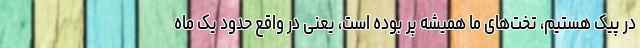
در پیک هستیم، تخت‌های ما همیشه پر بوده است، یعنی در واقع حدود یک ماه